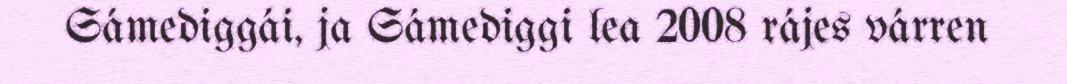
Sámediggái, ja Sámediggi lea 2008 rájes várren